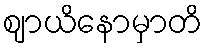
ဈာယိနောမှာတိ